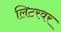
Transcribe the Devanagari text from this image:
लिटरवर